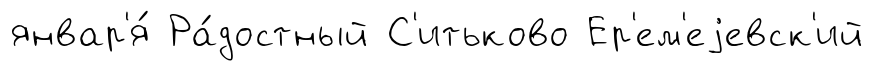
январ'я́ Ра́достный С'итьково Ер'ем'еjевск'ий